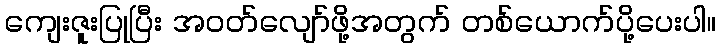
ကျေးဇူးပြုပြီး အဝတ်လျော်ဖို့အတွက် တစ်ယောက်ပို့ပေးပါ။